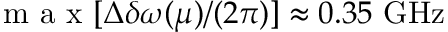
\mathrm { ~ m ~ a ~ x ~ } [ \Delta \delta \omega ( \mu ) / ( 2 \pi ) ] \approx 0 . 3 5 ~ \mathrm { G H z }